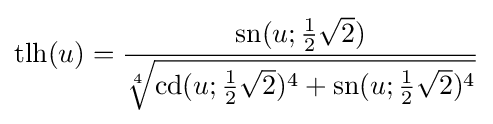
{\text{tlh}}(u)={\frac {{\text{sn}}(u;{\tfrac {1}{2}}{\sqrt {2}})}{\sqrt[{4}]{{\text{cd}}(u;{\tfrac {1}{2}}{\sqrt {2}})^{4}+{\text{sn}}(u;{\tfrac {1}{2}}{\sqrt {2}})^{4}}}}